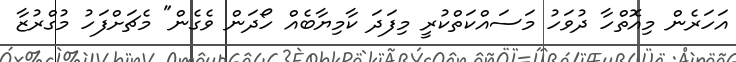
އަހަރެން މިއޮތްހާ ދުވަހު މަސައްކަތްކުރީ މިފަދަ ކާމިޔާބެއް ހޯދަން ވެގެން" މެޗަށްފަހު މުގްރުޒާ